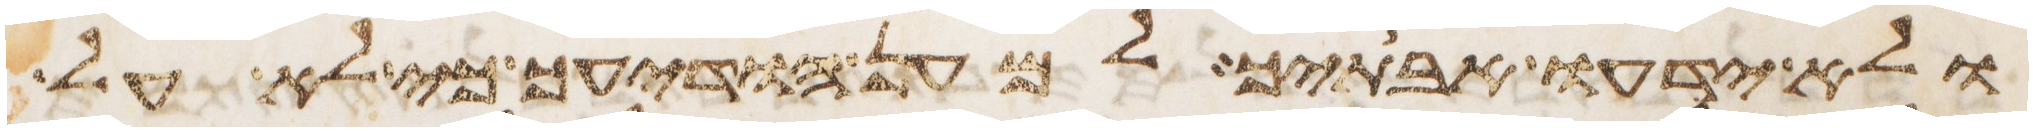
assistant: ולא ידעו אבתיך למען הודיעך כי לא על